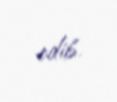
edib.